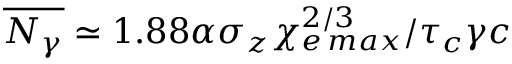
\overline { { N _ { \gamma } } } \simeq 1 . 8 8 \alpha \sigma _ { z } \chi _ { e \, m a x } ^ { 2 / 3 } / \tau _ { c } \gamma c